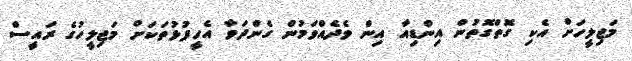
މަޖިލީހަށް އެކި ގޮތްގޮތުން އިންޑިއާ އިން ވެދެއްވަމުން ގެންދަވާ އެހީފުޅުތަކަށް މަޖިލީހުގެ ރައީސް